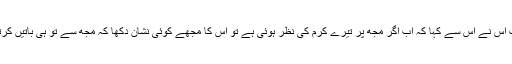
17تب اُس نے اُس سے کہا کہ اب اگر مُجھ پر تیرے کرم کی نظر ہُوئی ہے تو اِس کا مُجھے کوئی نِشان دِکھا کہ مُجھ سے تُو ہی باتیں کرتا ہے۔